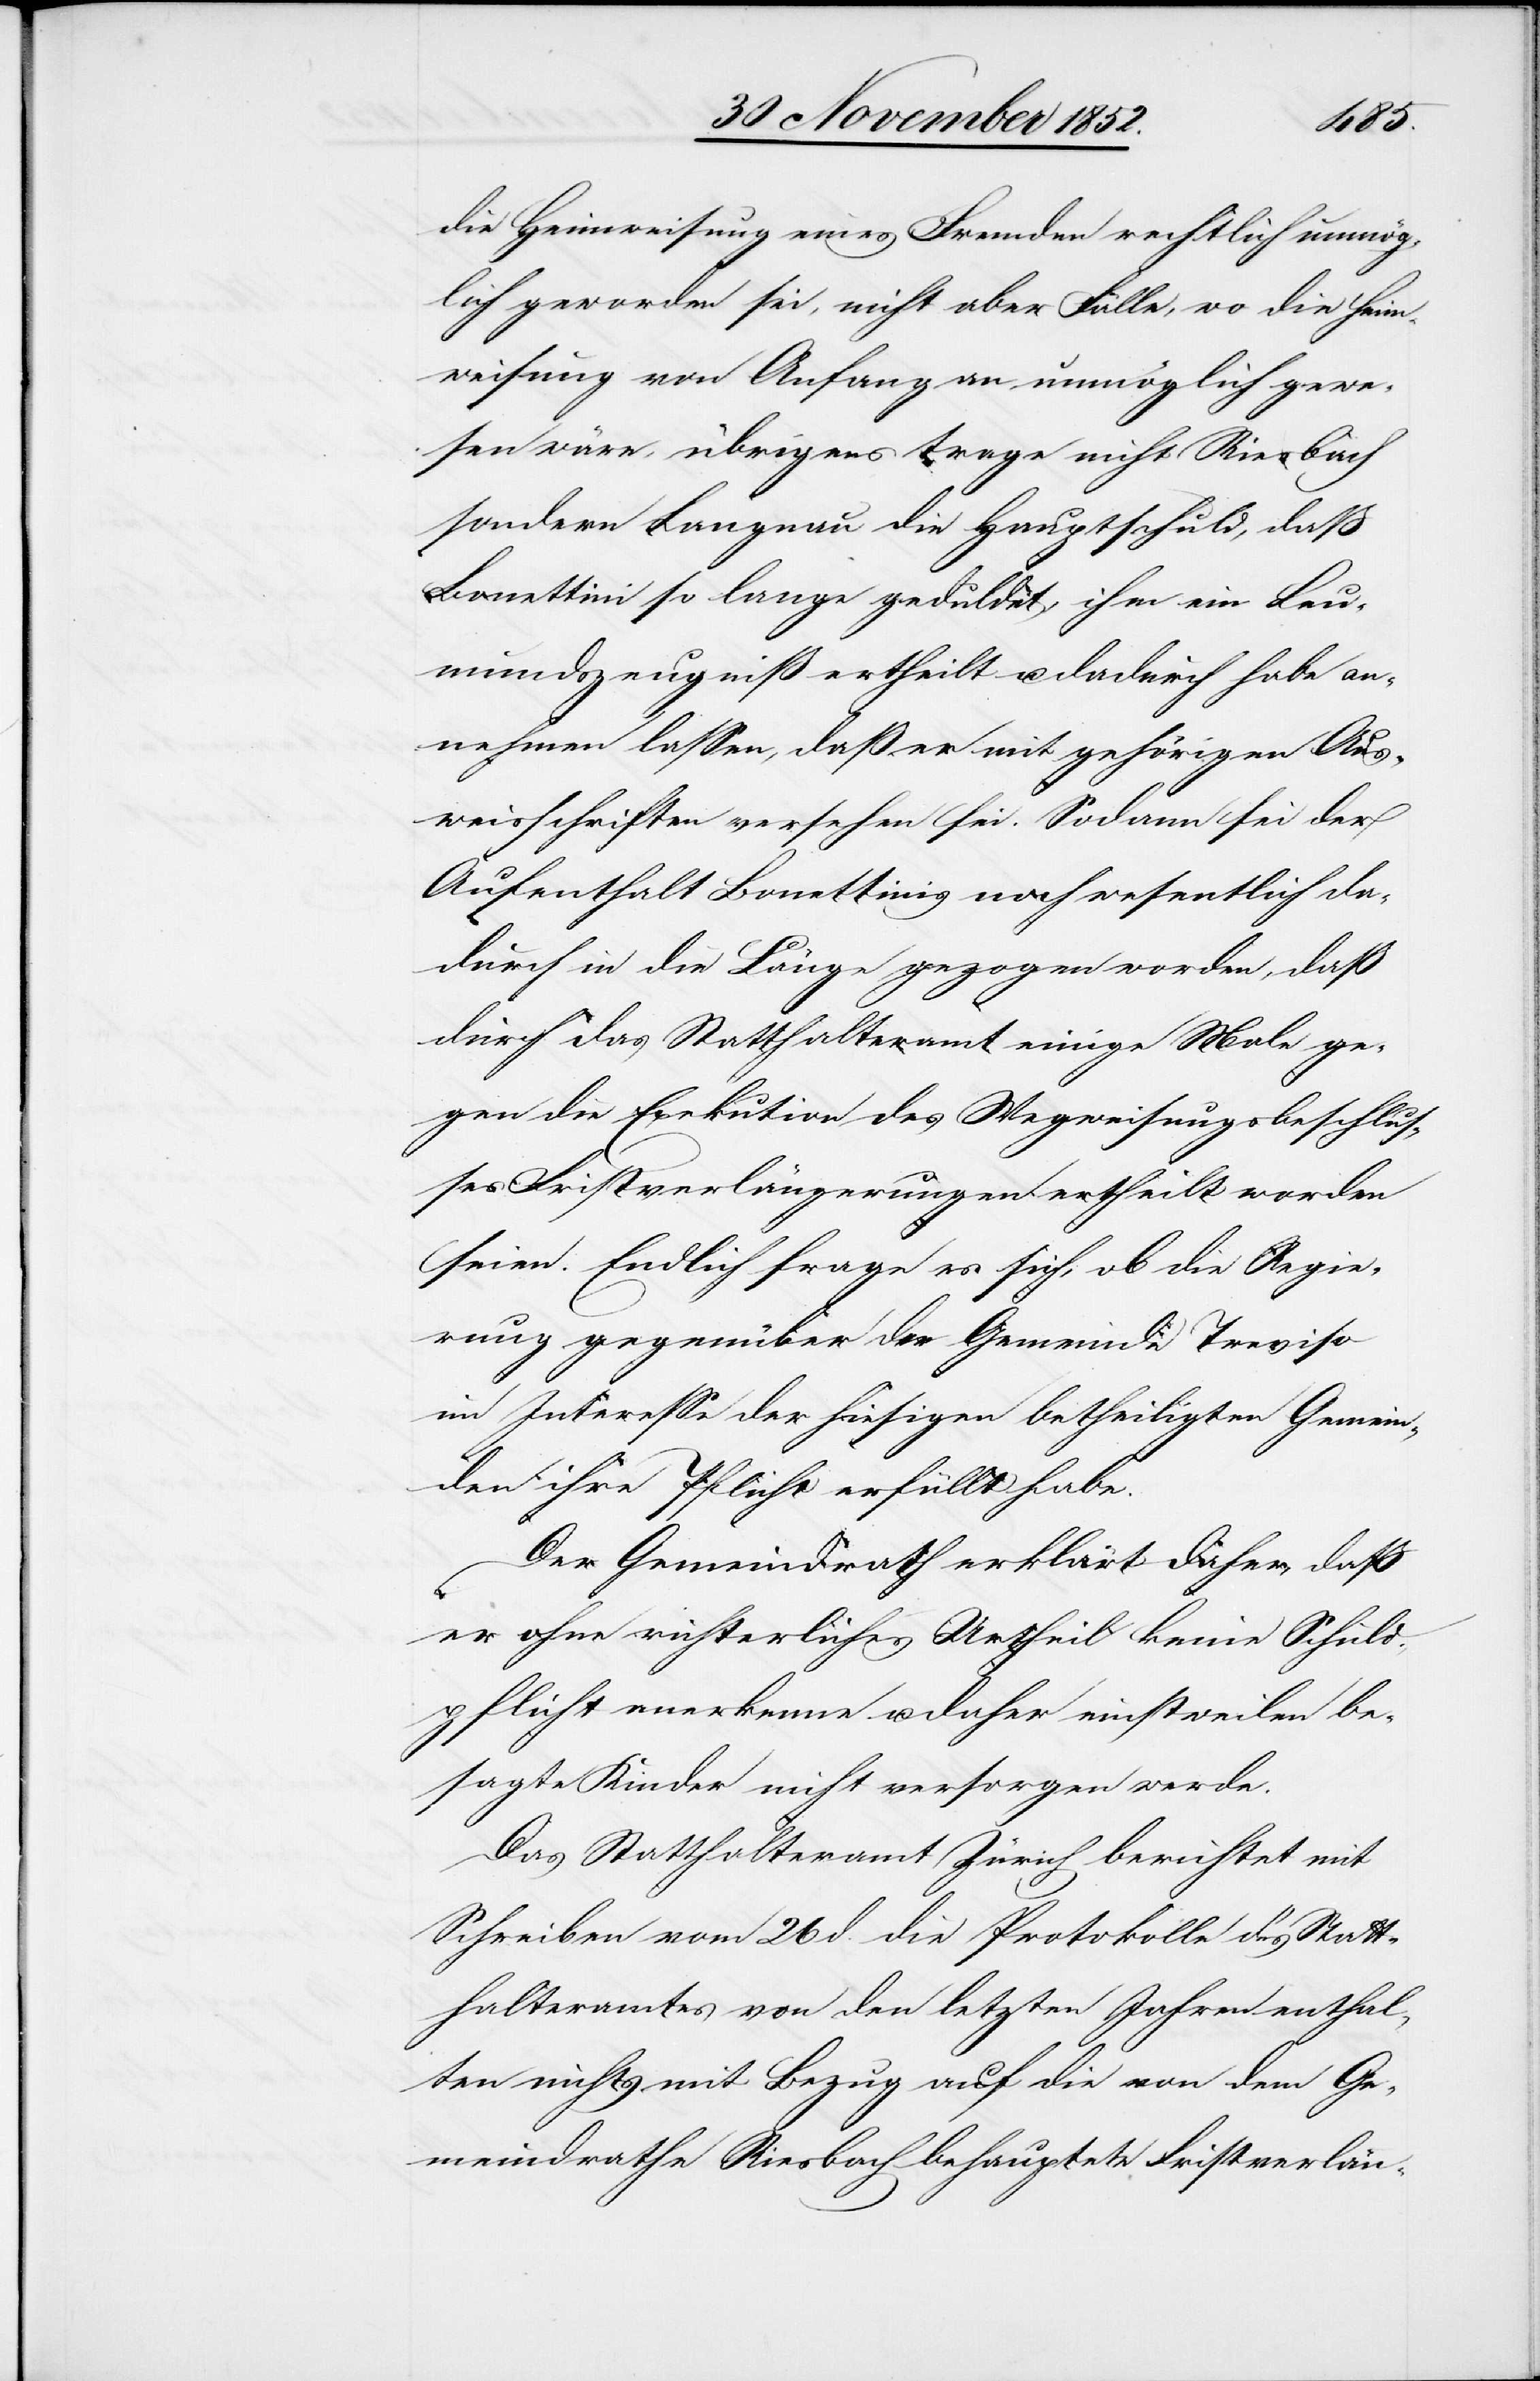
die Heimweisung eines Fremden rechtlich unmög¬
lich geworden sei, nicht aber Fälle, wo die Heim¬
weisung von Anfang an unmöglich gewe¬
sen wäre, übrigens trage nicht Riesbach
sondern Langnau die Hauptschuld, daß
Bonettini so lange geduldet, ihm ein Leu¬
mundszeugniß ertheilt u. dadurch habe an¬
nehmen lassen, daß er mit gehörigen Aus¬
weisschriften versehen sei. Sodann sei der
Aufenthalt Bonettinis noch wesentlich da¬
durch in die Länge gezogen worden, daß
durch das Statthalteramt einige Male ge¬
gen die Exekution des Wegweisungsbeschlus¬
ses Fristverlängerungen ertheilt worden
seien. Endlich frage es sich, ob die Regie¬
rung gegenüber der Gemeinde Treviso
im Interesse der hiesigen betheiligten Gemein¬
den ihre Pflicht erfüllt habe.
Der Gemeindrath erklärt daher, daß
er ohne richterliches Urtheil keine Schuld¬
pflicht anerkenne u. daher einstweilen be¬
sagte Kinder nicht versorgen werde.
Das Statthalteramt Zürich berichtet mit
Schreiben vom 26 d. die Protokolle des Statt¬
halteramtes von den letzten Jahren enthal¬
ten nichts mit Bezug auf die von dem Ge¬
meindrathe Riesbach behauptete Fristverlän-